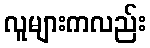
လူများကလည်း